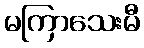
မကြာသေးမီ